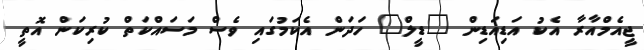
ޖީއެމްއާރާ އެކު އަޑިއަޑިން "ޑީލް" ހަދަން އެކަމުގައި ވެސް މަސައްކަތް ކުރިކަން އޮތީ